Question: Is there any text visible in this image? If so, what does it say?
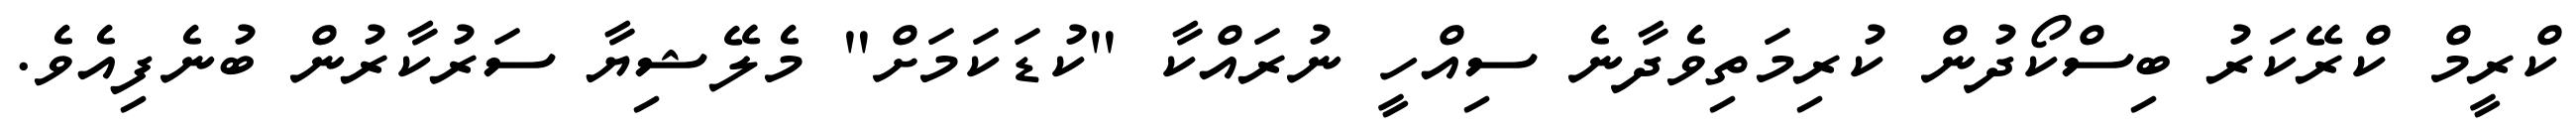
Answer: ކްރީމް ކްރޭކަރު ބިސްކޯދުން ކުރިމަތިވެދާނެ ސިއްހީ ނުރައްކާ "ކުޑަކަމަށް" މެލޭޝިޔާ ސަރުކާރުން ބުނެފިއެވެ.